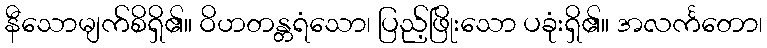
နီသောမျက်စိရှိ၏။ ဝိဟတန္တရံသော၊ ပြည့်ဖြိုးသော ပခုံးရှိ၏။ အလင်္ကတော၊